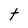
Character: t